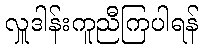
လှူဒါန်းကူညီကြပါရန်